Indian journal of veterinary science and animal husbandry - Volume 4,
Year: 1934
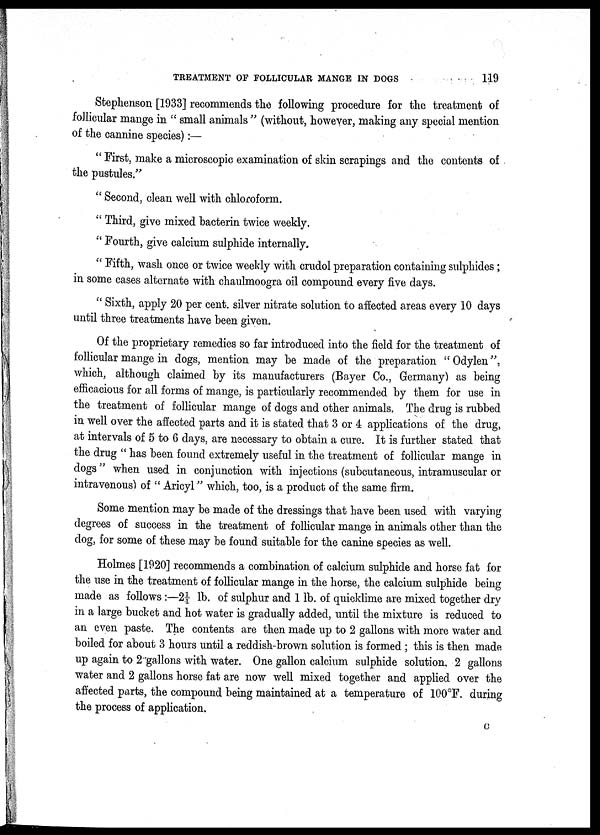
TREATMENT OF FOLLICULAR MANGE IN DOGS
119
Stephenson [1933] recommends the following procedure for the treatment of
follicular mange in " small animals " (without, however, making any special mention
of the cannine species):—
" First, make a microscopic examination of skin scrapings and the contents of
the pustules."
" Second, clean well with chloroform.
" Third, give mixed bacterin twice weekly.
" Fourth, give calcium sulphide internally.
" Fifth, wash once or twice weekly with crudol preparation containing sulphides;
in some cases alternate with chaulmoogra oil compound every five days.
" Sixth, apply 20 per cent. silver nitrate solution to affected areas every 10 days
until three treatments have been given.
Of the proprietary remedies so far introduced into the field for the treatment of
follicular mange in dogs, mention may be made of the preparation "Odylen",
which, although claimed by its manufacturers (Bayer Co., Germany) as being
efficacious for all forms of mange, is particularly recommended by them for use in
the treatment of follicular mange of dogs and other animals. The drug is rubbed
in well over the affected parts and it is stated that 3 or 4 applications of the drug,
at intervals of 5 to 6 days, are necessary to obtain a cure. It is further stated that
the drug " has been found extremely useful in the treatment of follicular mange in
dogs" when used in conjunction with injections (subcutaneous, intramuscular or
intravenous) of " Aricyl" which, too, is a product of the same firm.
Some mention may be made of the dressings that have been used with varying
degrees of success in the treatment of follicular mange in animals other than the
dog, for some of these may be found suitable for the canine species as well.
Holmes [1920] recommends a combination of calcium sulphide and horse fat for
the use in the treatment of follicular mange in the horse, the calcium sulphide being
made as follows :—2¼. lb. of sulphur and 1 lb. of quicklime are mixed together dry
in a large bucket and hot water is gradually added, until the mixture is reduced to
an even paste. The contents are then made up to 2 gallons with more water and
boiled for about 3 hours until a reddish-brown solution is formed ; this is then made
up again to 2 gallons with water. One gallon calcium sulphide solution, 2 gallons
water and 2 gallons horse fat are now well mixed together and applied over the
affected parts, the compound being maintained at a temperature of 100°F. during
the process of application.
C